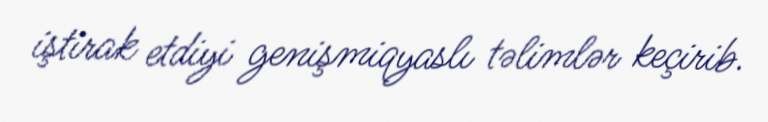
iştirak etdiyi genişmiqyaslı təlimlər keçirib.